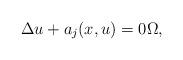
LaTeX: \begin{align*}\Delta u +a_j (x,u)=0 \Omega,\end{align*}